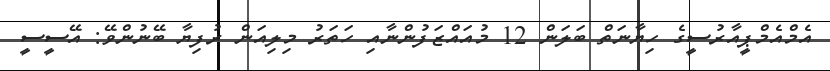
އެމްއެމްޕީއާރުސީގެ ހިޔާނަތް ބަލަން 12 މުއައްޒަފުންނާއި ހަތަރު މިލިއަން ރުފިޔާ ބޭނުންވޭ: އޭސީސީ